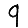
Digit: 9